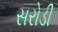
સરોડી